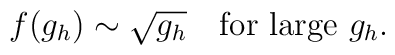
f(g_h) \sim \sqrt{g_h} \quad {\rm for ~large} ~g_h.